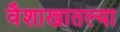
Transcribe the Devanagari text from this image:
वैशाखातल्या